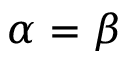
\alpha = \beta